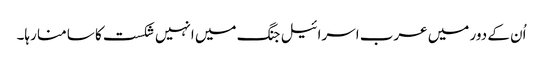
اُن کے دور میں عرب اسرائیل جنگ میں انہیں شکست کا سامنا رہا۔